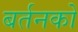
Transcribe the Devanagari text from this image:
बर्तनको